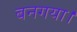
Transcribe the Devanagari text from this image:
बनगया।